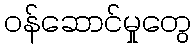
ဝန်ဆောင်မှုတွေ